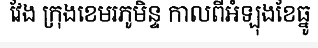
វែង ក្រុងខេមរភូមិន្ទ កាលពីអំឡុងខែធ្នូ